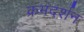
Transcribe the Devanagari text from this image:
क्रमदर्शन